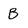
Character: B